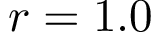
r = 1 . 0